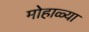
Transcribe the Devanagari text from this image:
मोहाळ्या